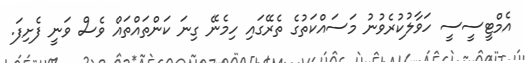
އެމްޓީސީސީ ހަވާލުކުރެވުނު މަސައްކަތުގެ ތެރޭގައި ހިމެނޭ ގިނަ ކަންތައްތައް ވެސް ވަނީ ފެށިފަ.